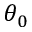
\theta _ { 0 }